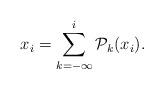
LaTeX: \begin{align*} x_i=\sum_{k=-\infty}^i\mathcal{P}_k(x_i).\end{align*}